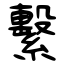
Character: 繫